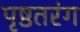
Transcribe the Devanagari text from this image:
पृष्ठतरंग